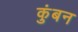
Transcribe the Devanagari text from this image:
कुंबन